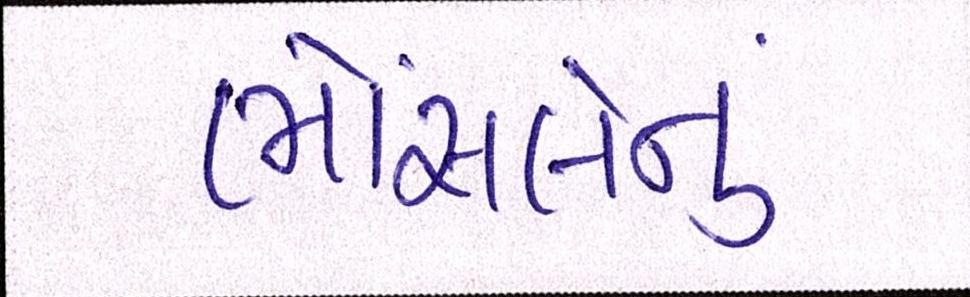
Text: ભોંસલેનું